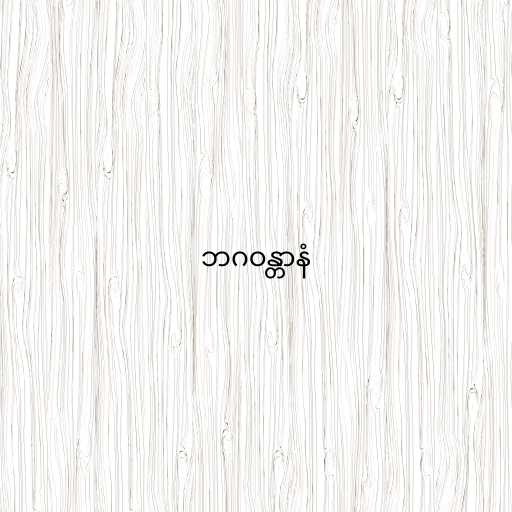
ဘဂဝန္တာနံ